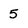
Character: 5